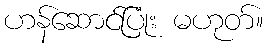
ဟန်ဆောင်ပြုံး မဟုတ်။